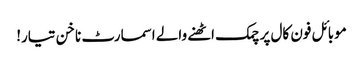
موبائل فون کال پر چمک اٹھنے والے اسمارٹ ناخن تیار!